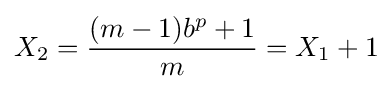
X_{2}={\frac {(m-1)b^{p}+1}{m}}=X_{1}+1